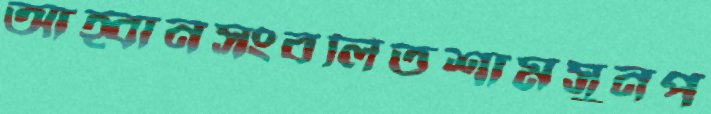
আহ্বানসংবলিতশামসুনপ